Vital statistics of India. Vol. V, Reports of 1876 on armies & jails and on epidemic cholera
Year: 1876
Disease focus: Cholera
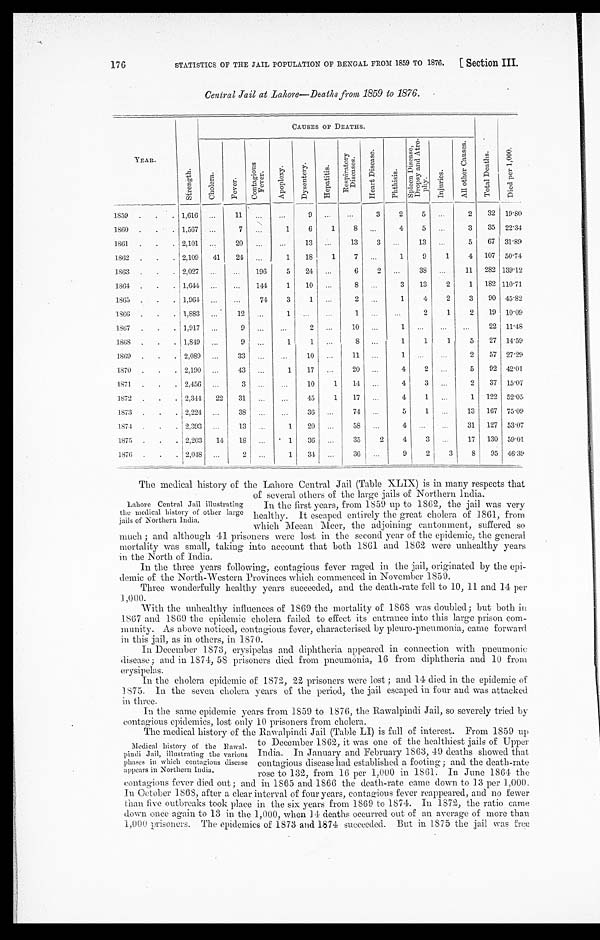
176 STATISTICS OF THE JAIL POPULATION OF BENGAL FROM 1859 TO 1876. [Section III.
Central Jail at Lahore—Deaths from 1859 to 1876.
CAUSES OF DEATHS.
YEAR.
S t r e n g t h .
C h o l e r a .
F e v e r .
C o n t a g i o u s F e v e r .
A p o p l e x y .
D y s e n t e r y .
H o p a t i t i s .
R e s p i r a t o r y D i s e a s e s .
H e a r t D i s e a s e .
P h t h i s i s .
S p l e e n D i s e a s e s , D r o p s y a n d A t r o - p h y
I n j u r i e s
.
A l l o t h e r C a u s e s .
T o t a l D e a t h s .
D i e d p e r 1 , 0 0 0 .
1859
1,616
11
9
3
2
5
2 32 19.80
1860
1,567
7
1
6
1 8
4 5
3 35 22.34
1861
2,101
20
13
13 3
13
5 67 31.89
1862
2,109 41 24
1 18
1
7
1
9
1
4 107 50.74
1863
2,027
196
5 24
6 2
38
11 282 139.12
1864
1,644
144
1 10
8
3 13
2
1 182 110.71
1865
1,964
74
3 1
2
1
4
2
3 90 45.82
1866
1,883
12
1
1
2
1
2 19 10.09
1867
1,917
9
2
10
1
22 11.48
1868
1,849
9
1
1
8
1
1
1
5 27 14.59
1869
2,089
33
10
11
1
2 57 27.29
1870
2,190
43
1 17
20
4 2
5 92 42.01
1871
2,456
3
10
1 14
4 3
2 37 15.07
1872
2,344 22 31
45
1 17
4
1
1 122 52.05
1873
2,224
38
36
74
5
1
13 167 75.09
1874
2,393
13
1 20
58
4
31 127 53.07
1875
2,203 14 18
1 36
35
2
4 3
17 130 59.01
1876
2,048
2
1 34
36
9
2
3 8 95 46.39
The medical history of the Lahore Central Jail (Table XLIX) is in many respects that
of several others of the large jails of Northern India.
In the first years, from 1859 up to 1862, the jail was very
healthy. It escaped entirely the great cholera of 1861, from
which Meean Meer, the adjoining cantonment, suffered so
much; and although 41 prisoners were lost in the second year of the epidemic, the general
mortality was small, taking into account that both 1861 and 1862 were unhealthy years
in the North of India.
In the three years following, contagious fever raged in the jail, originated by the epi
- d e m i c o f t h e N o r t h - W e s t e r n P r o v i n c e s w h i c h c o m m e n c e d i n N o v e m b e r 1 8 5 9 .
Three wonderfully healthy years succeeded, and the death-rate fell to 10, 11 and 14 per
1,000.
With the unhealthy influences of 1869 the mortality of 1868 was doubled; but both in
1867 and 1869 the epidemic cholera failed to effect its entrance into this large prison com
- m u n i t y . A s a b o v e n o t i c e d ,c
o n t a g i o u s
f e v e r , c h a r a c t e r i s e d b y p l e u r o - p n e u m o n i a , c a m e f o r w a r d
in this jail, as in others, in 1870.
In December 1873, erysipelas and diphtheria appeared in connection with pneumonic
disease; and in 1871, 58 prisoners died from pneumonia, 16 from diphtheria and 10 from
erysipelas.
In the cholera epidemic of 1872, 22 prisoners were lost; and 14 died in the epidemic of
1875. In the seven cholera years of the period, the jail escaped in four and was attacked
in three.
In the same epidemic years from 1859 to 1876, the Rawalpindi Jail, so severely tried by
contagious epidemics, lost only 10 prisoners from
cholera.
The medical history of the Rawalpindi Jail (Table LI) is full of interest. From 1859 up
to December 1862, it was one of the healthiest jails of Upper
India. In January and. February 1863, 49 deaths showed that
contagious disease had established a footing; and the death-rate
rose to 132, from 16 per 1,000 in 1861. In June 1864 the
contagious fever died out; and in 1865 and 1866 the death-rate came down to 13 per 1,000.
In October 1868, after a clear interval of four years, contagious fever reappeared, and no fewer
than live outbreaks took place in the six years from 1869 to 1874. In 1872, the ratio came
down once again to 13 in the 1,000, when 14 deaths occurred out of an average of more than
1,000 prisoners. The epidemics of 1873 and 1874 succeeded. But in 1875 the jail was free
Lahore Central Jail illustrating
the medical history of other large
jails of Northern India.
Medical history of the
R a w a l - p i n d i J a i l , i l l u s t r a t i n g t h e v a r i o u s
phases in which contagious disease
appears in Northern India.